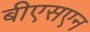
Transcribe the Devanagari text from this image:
बीएसएन